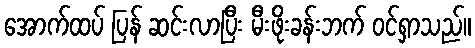
အောက်ထပ် ပြန် ဆင်းလာပြီး မီးဖိုးခန်းဘက် ဝင်ရှာသည်။